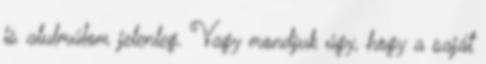
is alulmúlom jelenleg. Vagy mondjuk úgy, hogy a saját